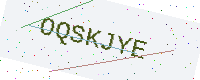
Text: OQSKJYE